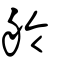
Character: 舲